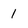
Character: 1